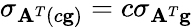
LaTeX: \sigma_{\mathbf{A}^{T}(c\mathbf{g})}=c\sigma_{\mathbf{A}^{T}\mathbf{g}}